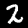
Label: 2